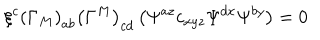
\xi ^ { c } \left( \Gamma _ { M } \right) _ { a b } \left( \Gamma ^ { M } \right) _ { c d } \left( \Psi ^ { a z } c _ { x y z } \Psi ^ { d x } \Psi ^ { b y } \right) = 0